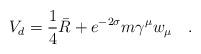
LaTeX: \begin{align*}V_d=\frac 14 \bar{R}+e^{-2\sigma}m\gamma^\mu w_\mu~~~.\end{align*}